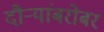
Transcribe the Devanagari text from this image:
दौऱ्यांबरोबर